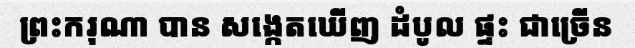
ព្រះករុណា បាន សង្កេតឃើញ ដំបូល ផ្ទះ ជាច្រើន